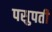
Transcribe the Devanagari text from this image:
पसुपती